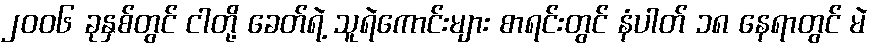
၂၀၀၆ ခုနှစ်တွင် ငါတို့ ခေတ်ရဲ့ သူရဲကောင်းများ စာရင်းတွင် နံပါတ် ၁၈ နေရာတွင် မဲ